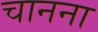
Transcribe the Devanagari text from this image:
चानना